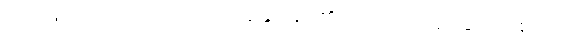
ဝတ္ထုဖြင့်လည်း၊ သံသဋ္ဌံ- ရောနှောအပ်၏။ တရတိ- ကူးသွား၏၊ စရတိ-